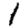
Digit: 1